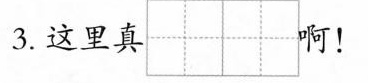
3.这里真 啊！